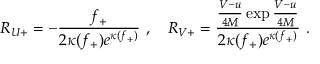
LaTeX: R _ { U + } = - \frac { f _ { + } } { 2 \kappa ( f _ { + } ) e ^ { \kappa ( f _ { + } ) } } \ , \quad R _ { V + } = \frac { \frac { V - u } { 4 M } \exp \frac { V - u } { 4 M } } { 2 \kappa ( f _ { + } ) e ^ { \kappa ( f _ { + } ) } } \ .